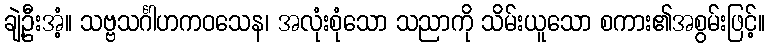
ချဲ့ဦးအံ့။ သဗ္ဗသင်္ဂါဟကဝသေန၊ အလုံးစုံသော သညာကို သိမ်းယူသော စကား၏အစွမ်းဖြင့်။